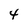
Character: 4